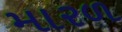
મારળ